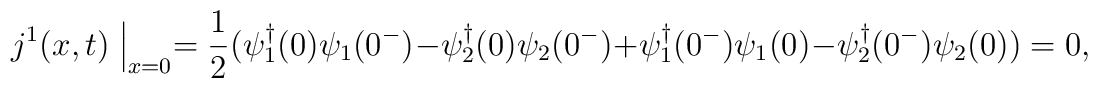
j^1(x, t)\Bigm|_{x=0} = \frac{1}{2}(\psi_1^\dagger (0)\psi_1(0^-) - \psi_2^\dagger (0)\psi_2(0^-) + \psi_1^\dagger (0^-)\psi_1(0) - \psi_2^\dagger (0^-)\psi_2(0)) = 0,